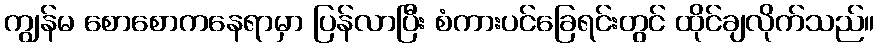
ကျွန်မ စောစောကနေရာမှာ ပြန်လာပြီး စံကားပင်ခြေရင်းတွင် ထိုင်ချလိုက်သည်။